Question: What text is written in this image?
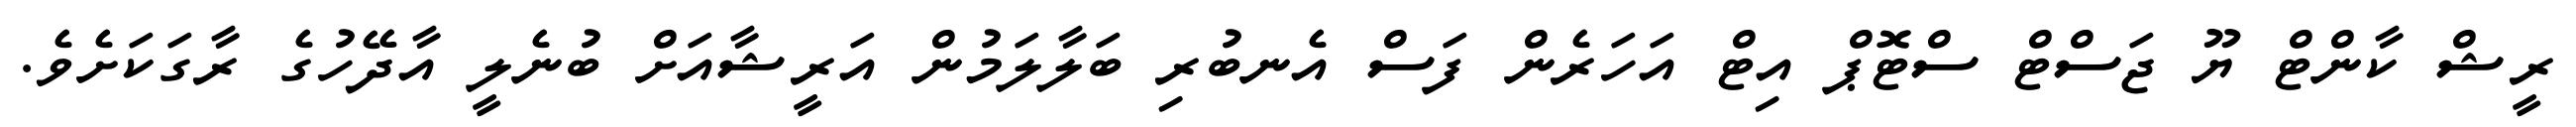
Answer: ރީޝް ކާންޓް ޔޫ ޖަސްޓް ސްޓޮޕް އިޓް އަހަރެން ފަސް އެނބުރި ބަލާލަމުން އަރީޝާއަށް ބުނެލީ އާދޭހުގެ ރާގަކަށެވެ.